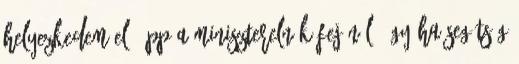
helyezkedem el, épp a miniszterelnök fejénél, így ha segítség